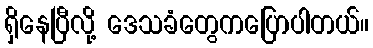
ရှိနေပြီလို့ ဒေသခံတွေကပြောပါတယ်။